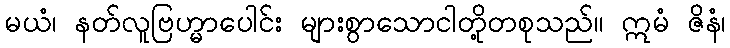
မယံ၊ နတ်လူဗြဟ္မာပေါင်း များစွာသောငါတို့တစုသည်။ ဣမံ ဇိနံ၊